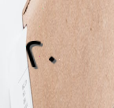
٢٠